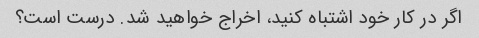
اگر در کار خود اشتباه کنید، اخراج خواهید شد. درست است؟